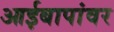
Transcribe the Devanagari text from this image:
आईबापांवर